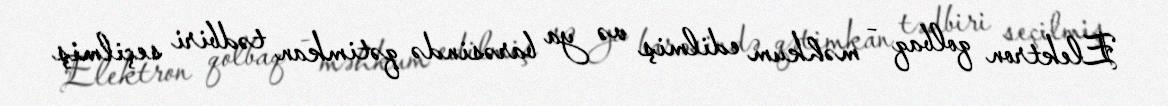
Elektron qolbaq - məhkum edilmiş və ya barəsində qətimkan tədbiri seçilmiş